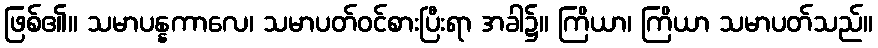
ဖြစ်၏။ သမာပန္နကာလေ၊ သမာပတ်ဝင်စားပြီးရာ အခါ၌။ ကြိယာ၊ ကြိယာ သမာပတ်သည်။